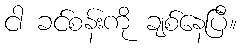
ငါ ခင်စန်းကို ချစ်နေပြီ။